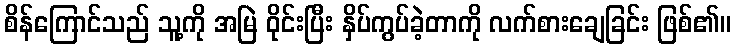
စိန်ကြောင်သည် သူ့ကို အမြဲ ဝိုင်းပြီး နှိပ်ကွပ်ခဲ့တာကို လက်စားချေခြင်း ဖြစ်၏။